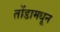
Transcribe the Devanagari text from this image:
तोंडामधून